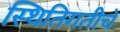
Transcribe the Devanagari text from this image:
स्थितिगतीचे